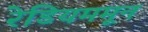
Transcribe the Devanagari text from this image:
रेडियममून